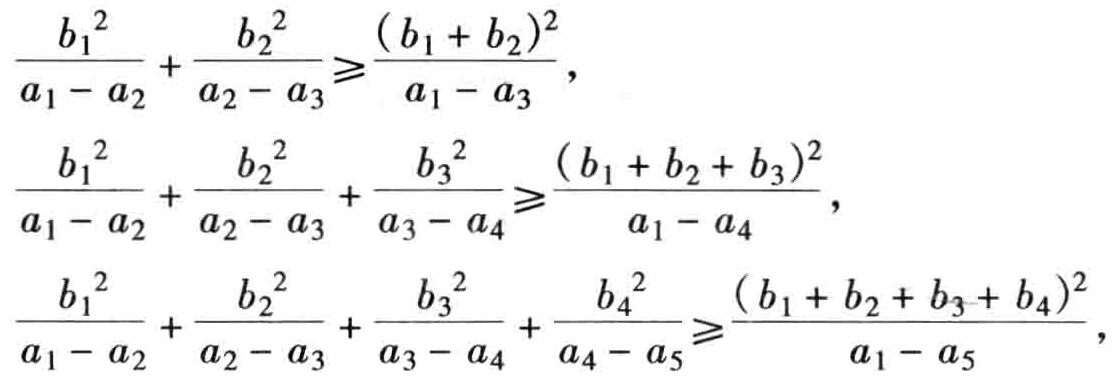
\[\frac{b_{1}^{2}}{a_{1}-a_{2}}+\frac{b_{2}^{2}}{a_{2}-a_{3}}\geqslant\frac{(b_{1}+b_{2})^{2}}{a_{1}-a_{3}},\]

\[\frac{b_{1}^{2}}{a_{1}-a_{2}}+\frac{b_{2}^{2}}{a_{2}-a_{3}}+\frac{b_{3}^{2}}{a_{3}-a_{4}}\geqslant\frac{(b_{1}+b_{2}+b_{3})^{2}}{a_{1}-a_{4}},\]

\[\frac{b_{1}^{2}}{a_{1}-a_{2}}+\frac{b_{2}^{2}}{a_{2}-a_{3}}+\frac{b_{3}^{2}}{a_{3}-a_{4}}+\frac{b_{4}^{2}}{a_{4}-a_{5}}\geqslant\frac{(b_{1}+b_{2}+b_{3}+b_{4})^{2}}{a_{1}-a_{5}},\]